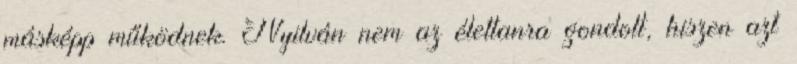
másképp működnek. Nyilván nem az élettanra gondolt, hiszen azt